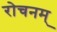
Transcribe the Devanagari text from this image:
रोचनम्